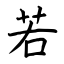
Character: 若